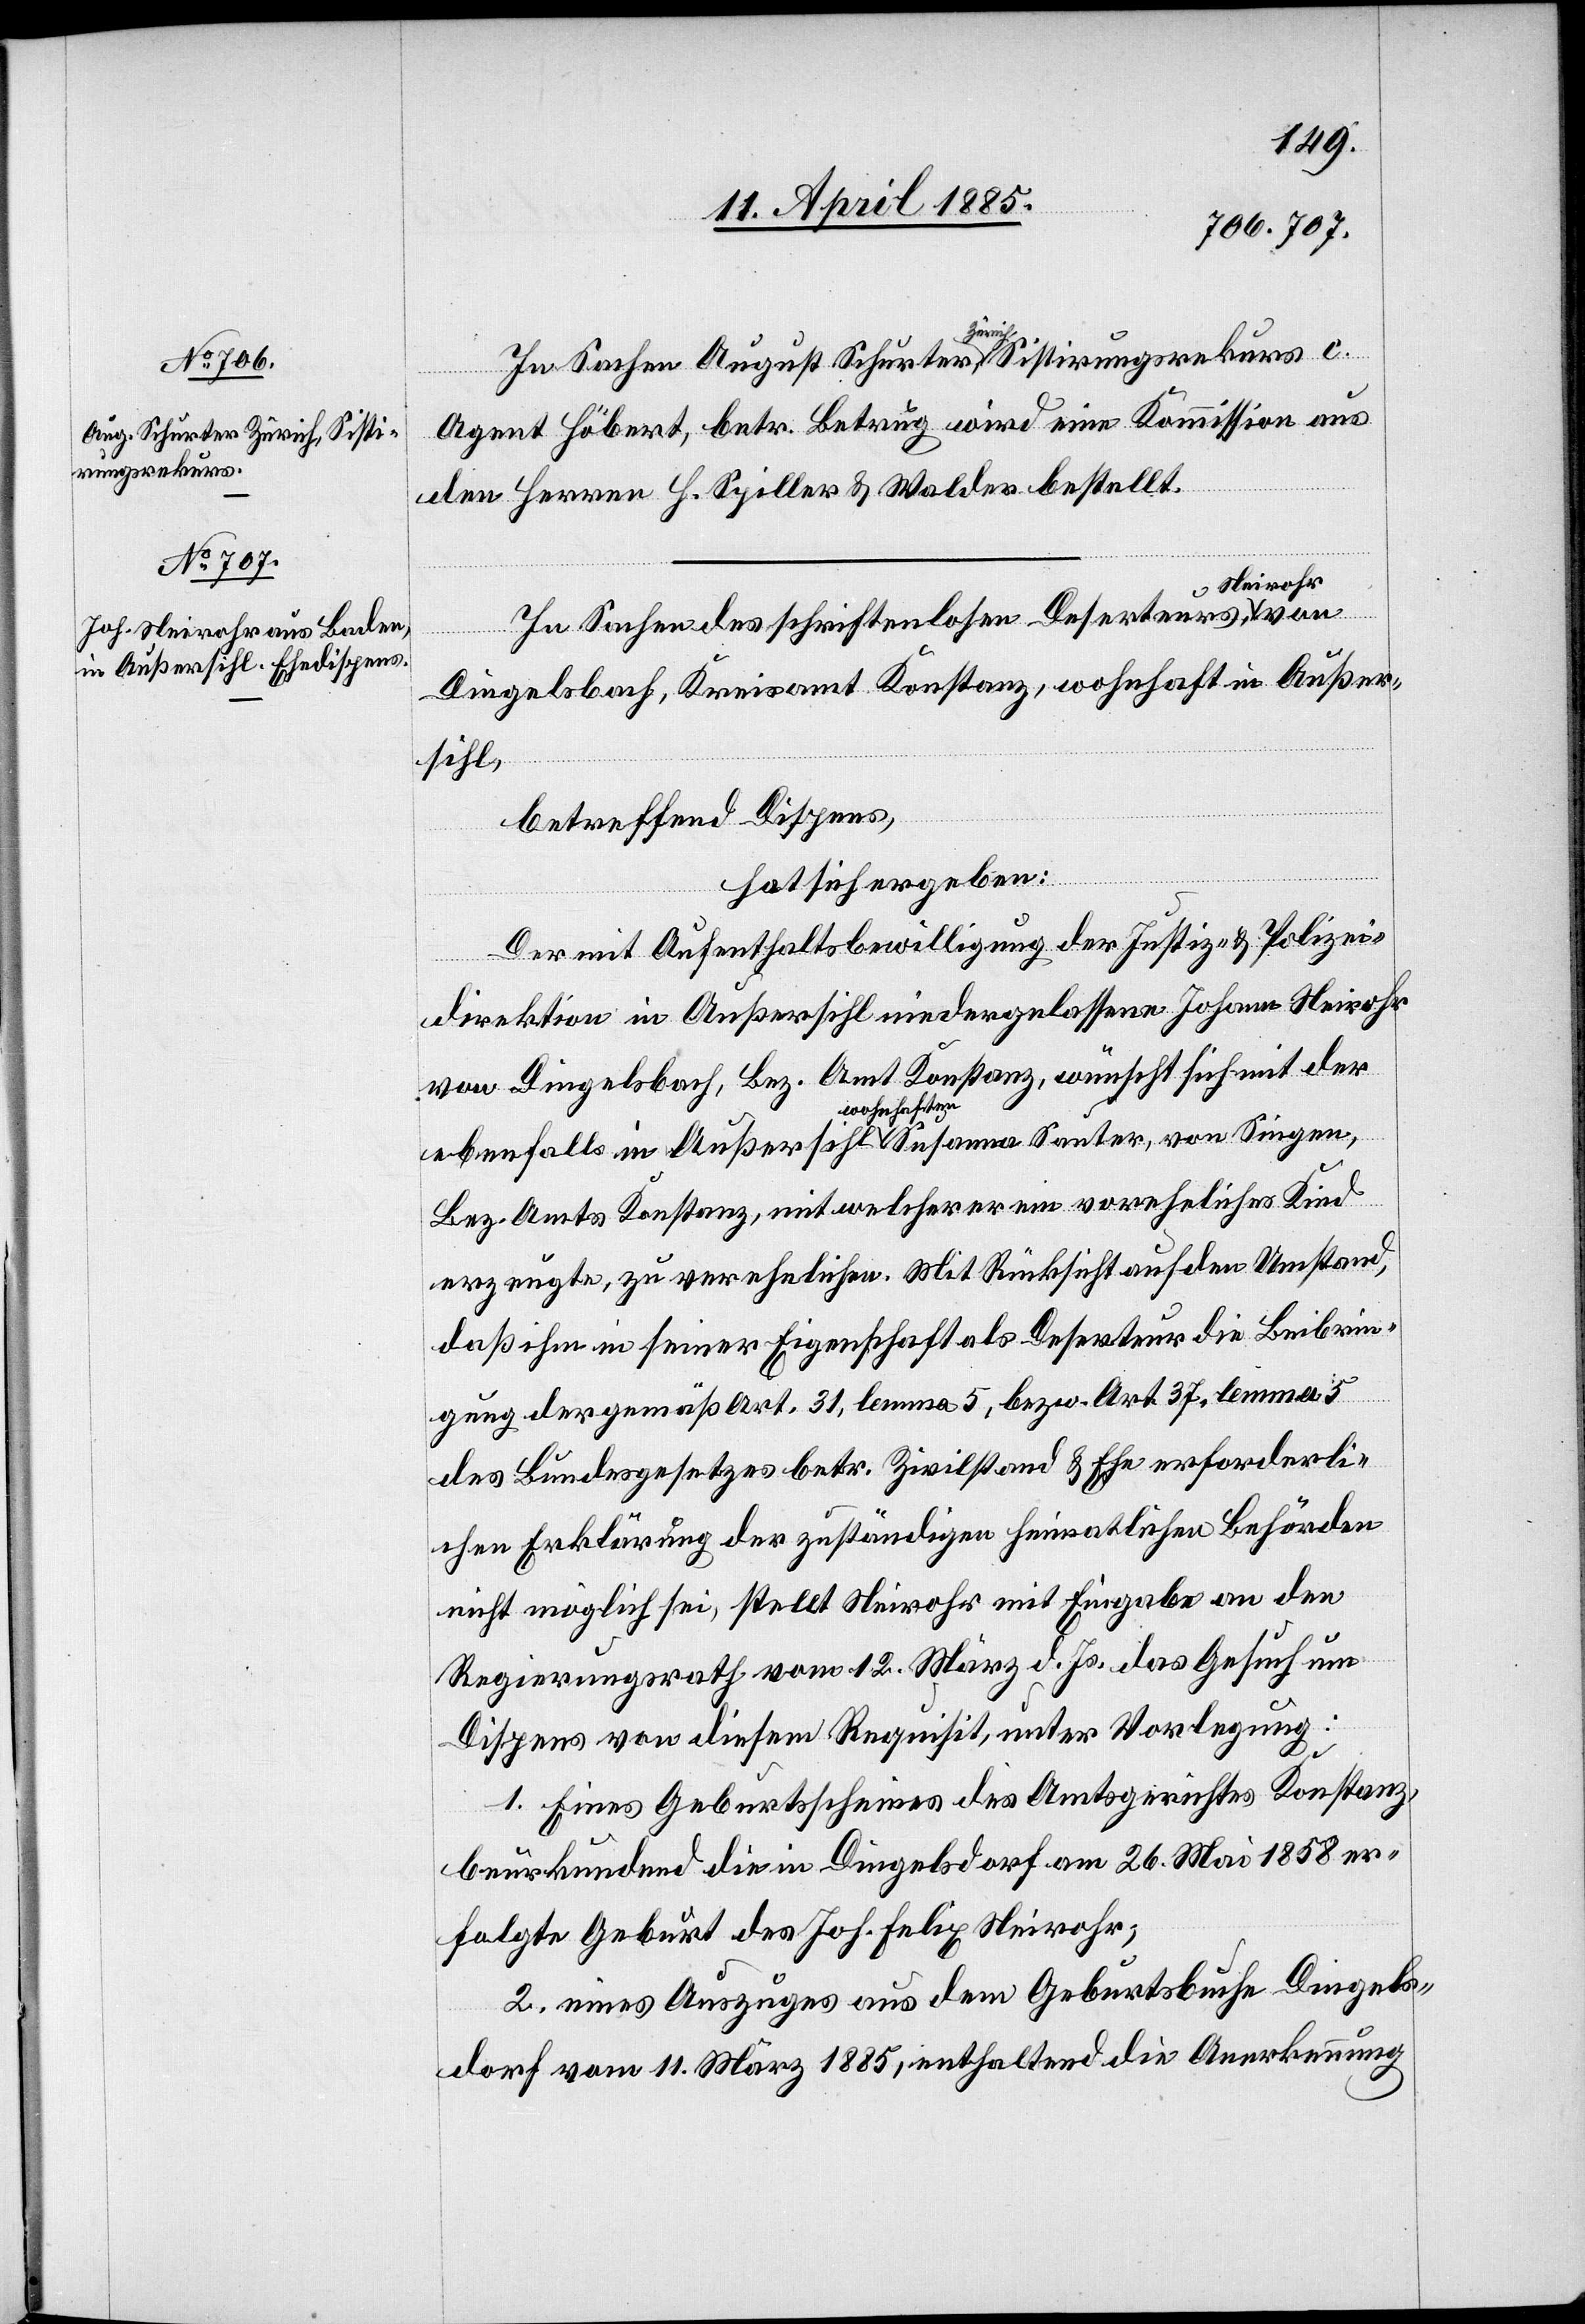
August Schurter, Zürich, Sisti¬
rungsrekurs

Agent Höbert, betr. Betrug wird eine Kommission aus
den Herren J. Spiller, & Walder bestellt.
von
Außer¬
Neirohr,
c.
In Sachen des schriftenlosen Deserteurs
Diegelsbach, Kreisamt Konstanz, wohnhaft in Außer¬
sihl
betreffend Dispens,
ebenfalls
hat sich ergeben:
Der mit Aufenthaltsbewilligung der Justiz- & Polizei¬
Singen,
direktion in Außersihl niedergelassene Johann Neirohr
von Diegelsbach, Bez. Amt Konstanz, wünscht sich mit der
ften
Bez. Amts Konstanz, mit welcher er ein voreheliches Kind
erzeugte, zu verehelichen. Mit Rücksicht auf den Umstand,
daß ihm in seiner Eigenschaft als Deserteur die Beibrin¬
gung der gemäß Art. 31, lemma 5, bezw. Art. 37, lemma 5
des Bundesgesetztes betr. Zivilstand & Ehe erforderli¬
chen Erklärung der zuständigen heimatlichen Behörden
nicht möglich sei, stellt Neirohr mit Eingabe an den
Regierungsrat vom 12. März d. Js. das Gesuch um
Dispens von diesem Requisit, unter Vorlegung:
1. Eines Geburtsscheines des Amtsgerichtes Konstanz,
beurkundend die in Diegelsdorf [sic!] am 26. Mai 1858 er¬
folgten Geburt des Joh. Felix Neirohr;
2. eines Auszuges aus dem Geburtsbuche Diegels¬
dorf vom 11. März 1885, enthaltend die Anerkennung